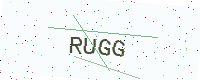
Text: RUGG